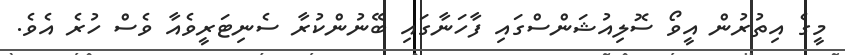
މީގެ އިތުރުން އީވޯ ސޮލިއުޝަންސްގައި ފާހަނާގައި ބޭނުންކުރާ ސެނިޓަރީވެއާ ވެސް ހުރެ އެވެ.